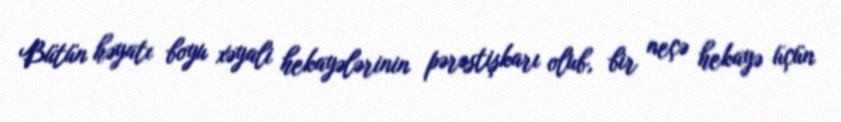
Bütün həyatı boyu xəyali hekayələrinin pərəstişkarı olub, bir neçə hekayə üçün